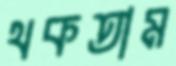
থকতাম